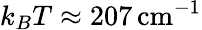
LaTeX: k_{B}T\approx 207\, \mathrm{cm}^{-1}